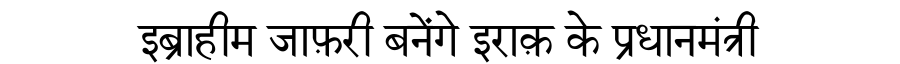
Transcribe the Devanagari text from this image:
इब्राहीम जाफ़री बनेंगे इराक़ के प्रधानमंत्री